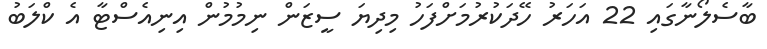
ބާސެލޯނާގައި 22 އަހަރު ހޭދަކުރުމަށްފަހު މިދިޔަ ސީޒަން ނިމުމުން އިނިއެސްޓާ އެ ކްލަބު